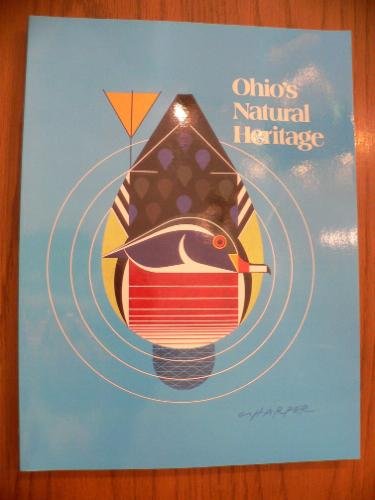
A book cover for Ohio's Natural Heritage; Michael B. Lafferty; Travel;